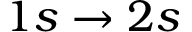
1 s \to 2 s